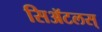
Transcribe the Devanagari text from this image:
सिॲटलस्